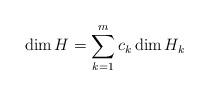
LaTeX: \begin{align*} \dim H = \sum_{k=1}^m c_k \dim H_k\end{align*}